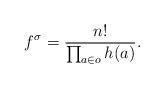
LaTeX: \begin{align*}f^\sigma = \frac{n!}{\prod_{a\in o} h(a)}.\end{align*}